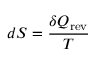
d S = { \frac { \delta Q _ { \mathrm { r e v } } } { T } }